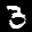
Label: 3